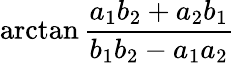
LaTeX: \arctan{\frac{a_{1}b_{2}+a_{2}b_{1}}{b_{1}b_{2}-a_{1}a_{2}}}